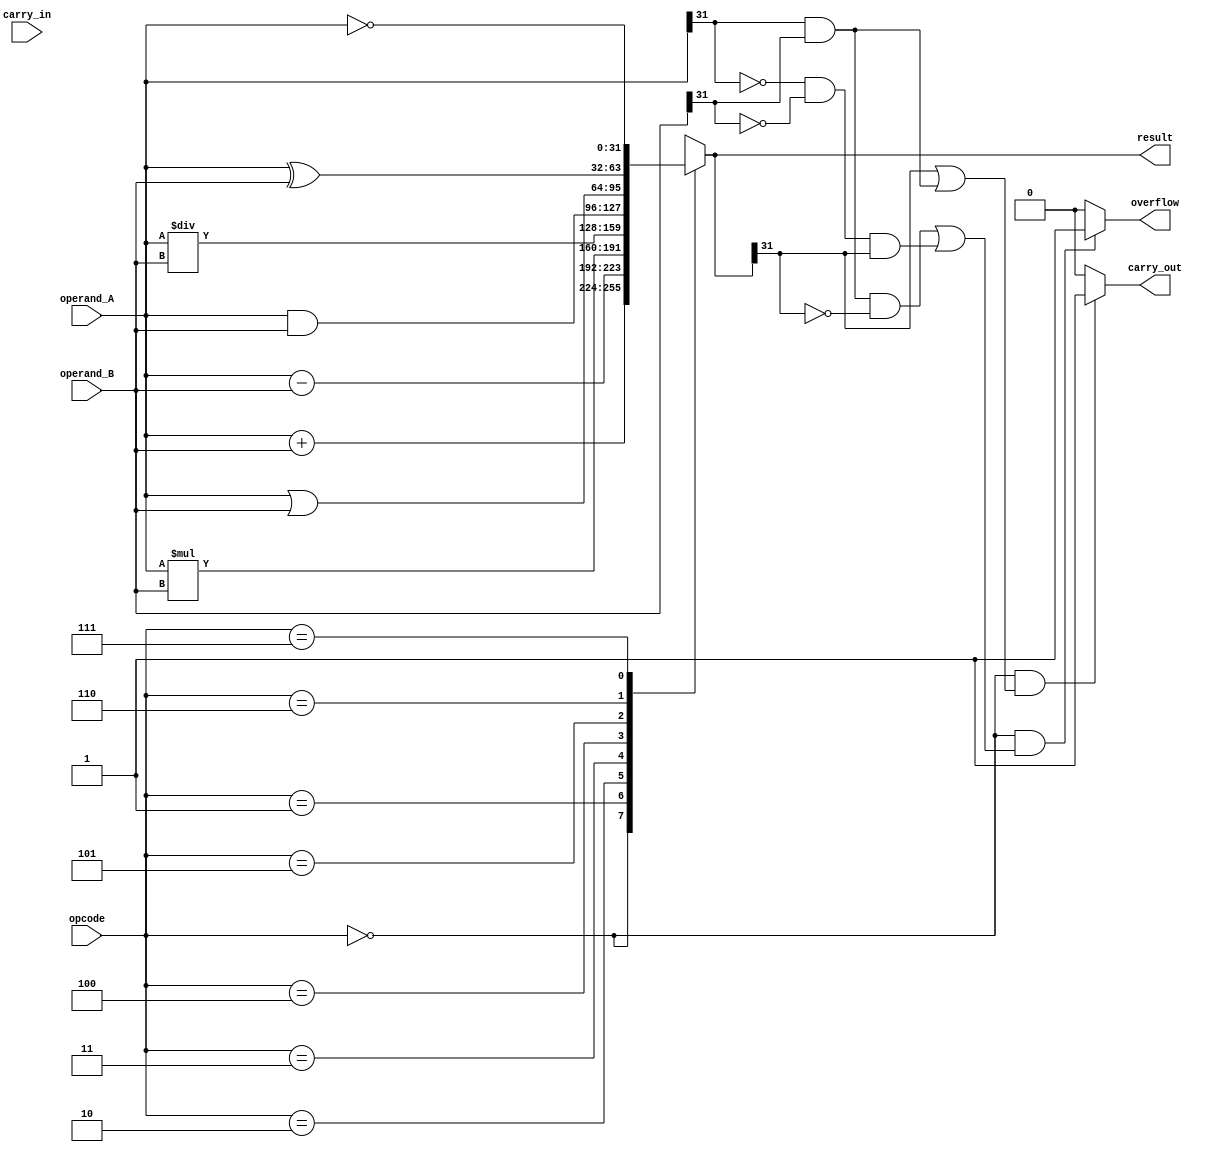
module alu_32bit (
    input [31:0] operand_A,
    input [31:0] operand_B,
    input [2:0] opcode,
    input carry_in,
    output [31:0] result,
    output carry_out,
    output overflow
);

reg [31:0] result;
reg carry_out;
reg overflow;

always @ (*) begin
    case(opcode)
        3'b000: result = operand_A + operand_B;
        3'b001: result = operand_A - operand_B;
        3'b010: result = operand_A * operand_B;
        3'b011: result = operand_A / operand_B;
        3'b100: result = operand_A & operand_B;
        3'b101: result = operand_A | operand_B;
        3'b110: result = operand_A ^ operand_B;
        3'b111: result = ~operand_A;
        default: result = 32'h00000000;
    endcase
    
    if(opcode == 3'b000 && ((operand_A[31] & operand_B[31] & ~result[31]) | (~operand_A[31] & ~operand_B[31] & result[31]))) begin
        overflow = 1;
    end else begin
        overflow = 0;
    end
    
    if(opcode == 3'b000 && (result[31] | operand_A[31] & operand_B[31])) begin
        carry_out = 1;
    end else begin
        carry_out = 0;
    end
end

endmodule